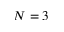
N = 3